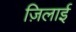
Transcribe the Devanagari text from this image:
ज़िलाई